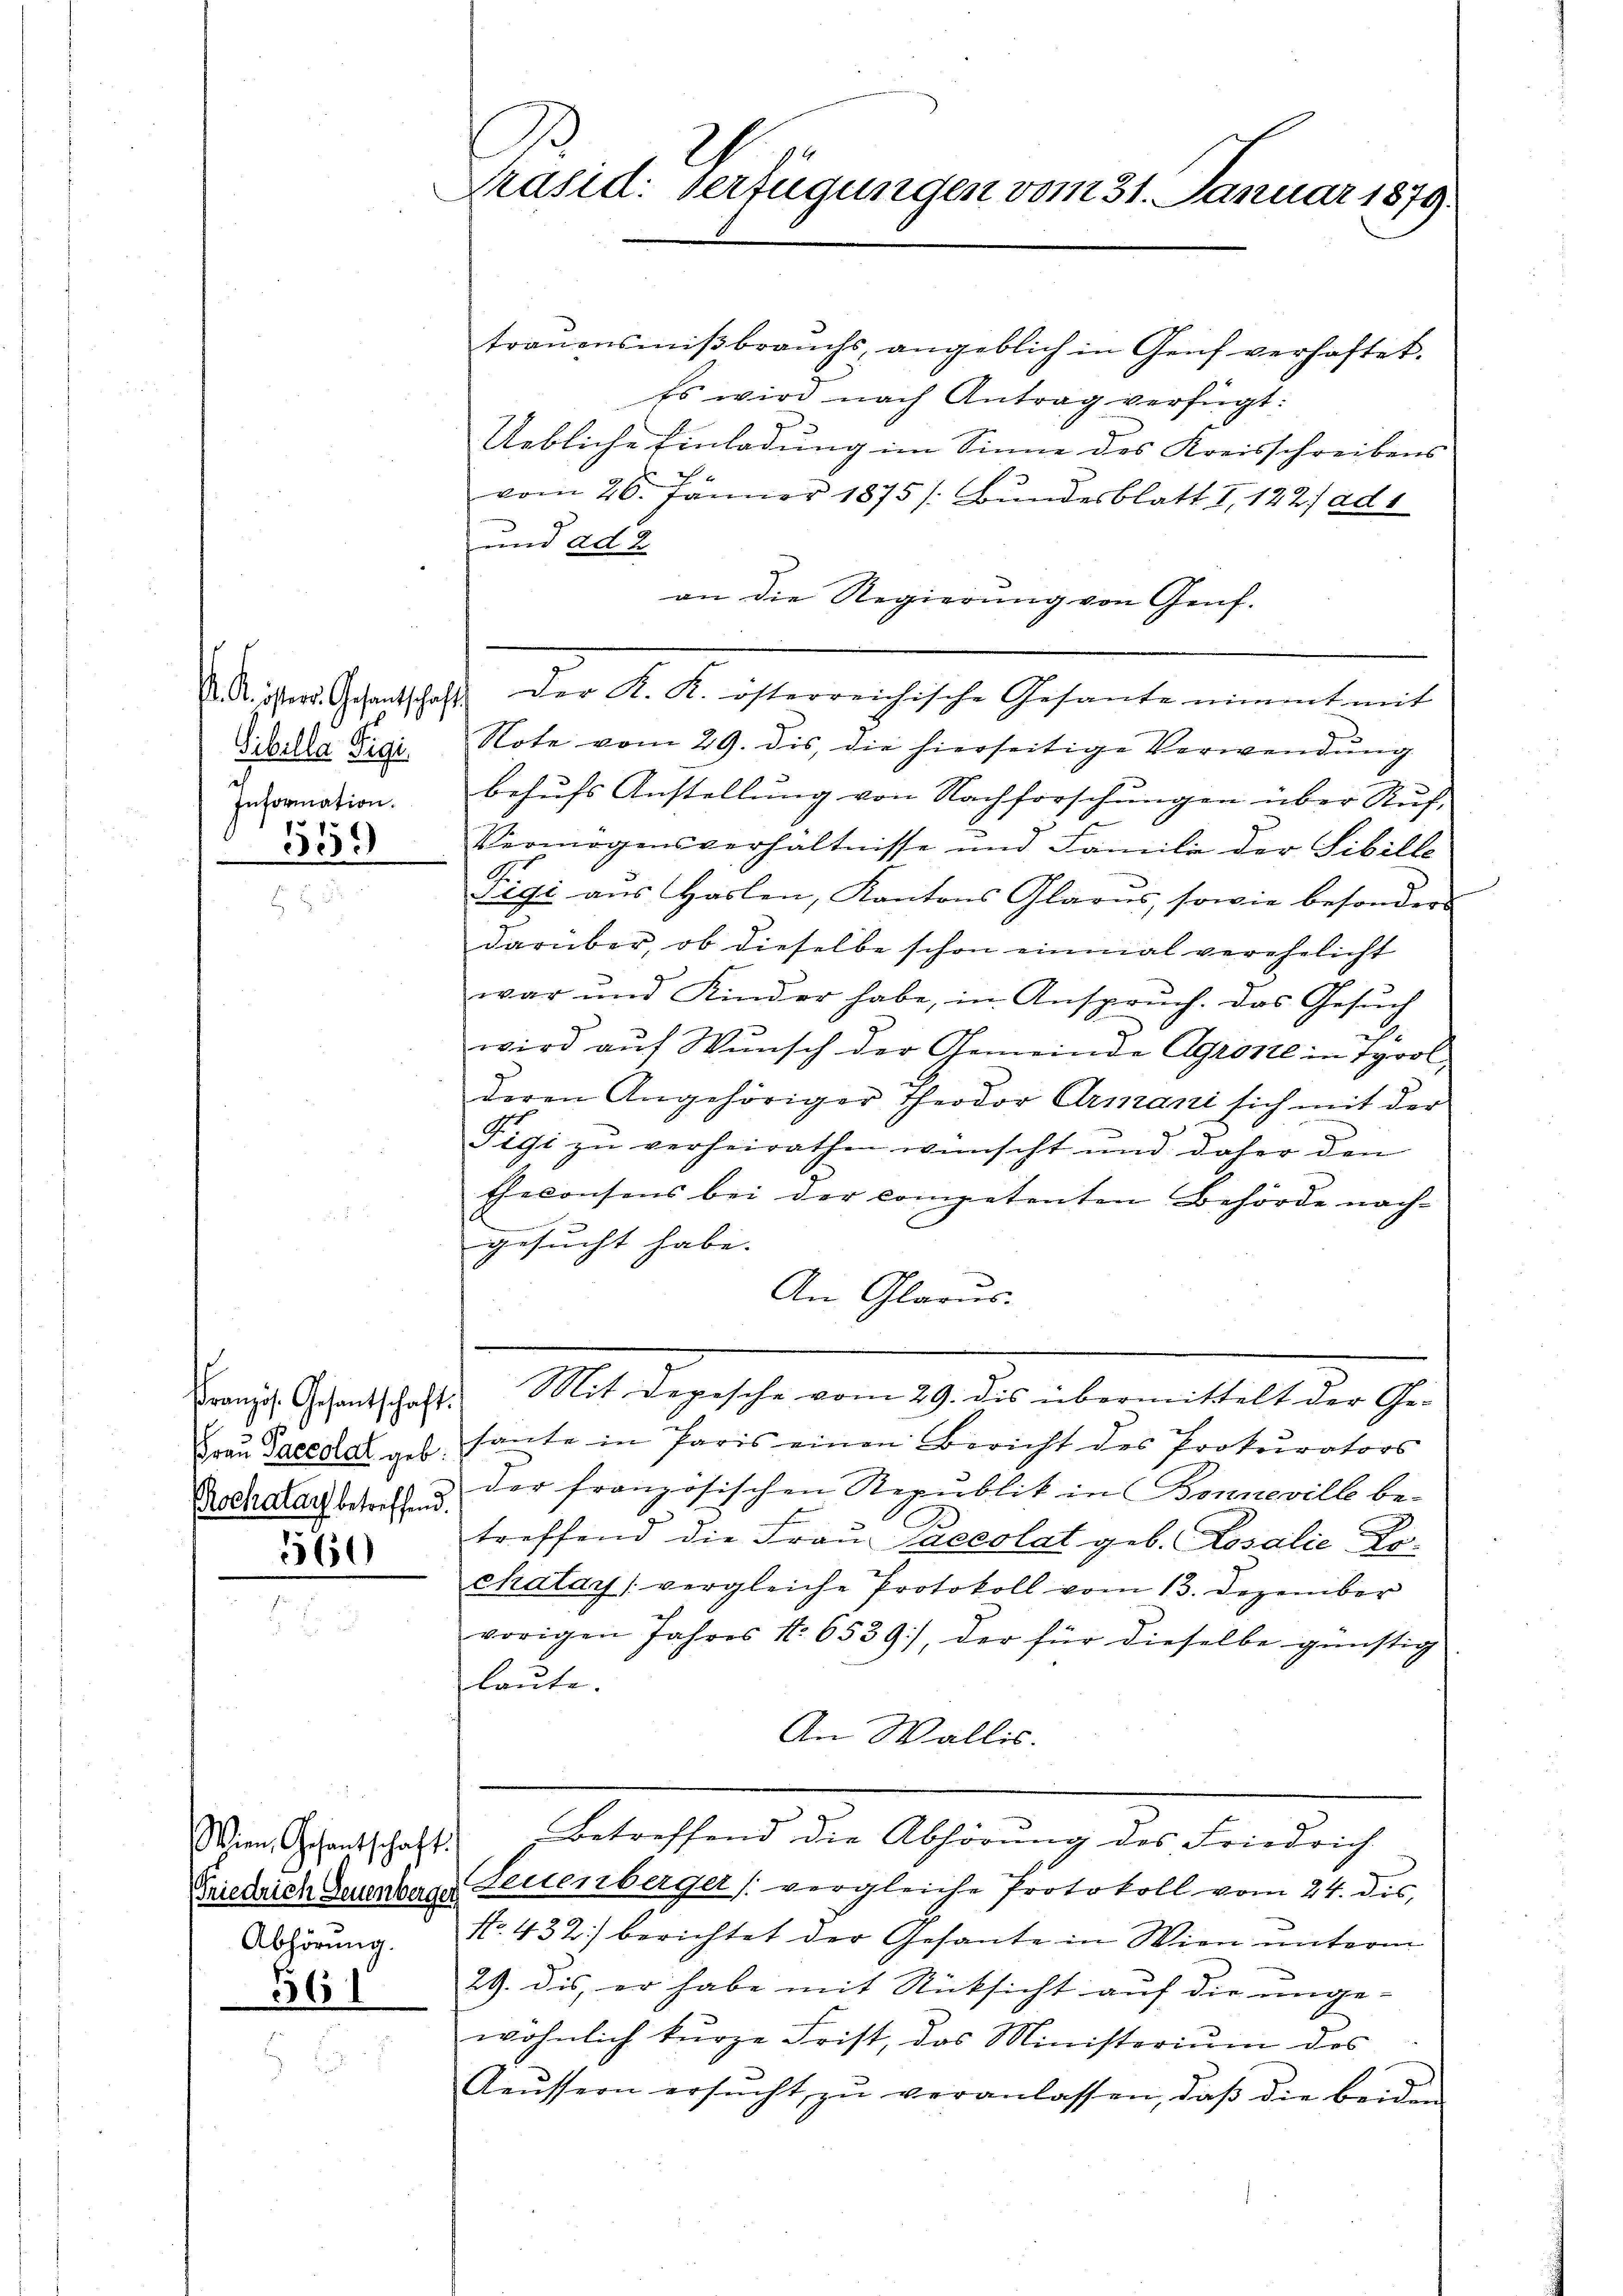
. Kr. östers. Gesantschaft
Bibella Tigi.
Information.
3550

Französ. Gesantschaft.
ochatar betreffend.
5560)

Wien, Gesandtschaft
Abhörung.
361

Präsid. Verfügungen vom 31. Januar 1879.

traŭensmiβbraŭchs, angeblich in Genf verhaftet.
Es wird nach Antrag verfügt:
Uebliche Einladung im Sinne des Kreisschreibens
vom 26. Jänner 1875 /: Bundesblatt I 122) ad 1
und ad 2.
an die Regierung von Genf.
Der K. K. österreichische Gesante nimmt mit
Note vom 29. dis, die hierseitige Verwendŭng
behufs Anstellung von Nachforschungen über Auf-
Vermögensverhältnisse und Familie der Sibille
Figi aus Haslen, Kantons Glarus, sowie besonder
darüber, ob dieselbe schon einmal verehelicht
war und Kinder habe, in Ansprŭch. Das Gesŭch
.
wird aŭf Wŭnsch der Gemeinde Agrotte in Tyrol
deren Angehöriger Theodor Armani sich mit der
Tigi zu verheirathen wünscht und daher den
Ehekonsens bei der competenten Behörde nach-
gesucht habe. |
An Glarus.
Mit Depesche vom 29. dis übermittelt der Ge¬
Fraŭ Pacedal geh hante in Paris einen Bericht des Prokurators
der französischen Republik in Bonneville be-
treffend die Frau Paecolat geb. Losalie Exchalay vergleiche Protokoll vom 13. Dezember
vorigen Jahres 1. 6539), der für dieselbe günstig
laŭte.
An Wallis.
 Betreffend die Abhörung des Friedrich
Friedrich Derenbare Leuenberger (vergleiche Protokoll vom 24. des
No. 432.) berichtet der Gesante in Wien unterm
29. dis, er habe mit Rücksicht auf die unge-
wöhnlich kŭrze Frist, das Ministerium des
Aeŭssern ersŭcht zŭ veranlassen, daβ die beiden